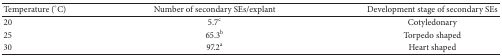
<table><thead><tr><td><b>Temperature (°C)</b></td><td><b>Number of secondary SEs/explant</b></td><td><b>Development stage of secondary SEs</b></td></tr></thead><tbody><tr><td>20</td><td>5.7<sup>c</sup></td><td>Cotyledonary</td></tr><tr><td>25</td><td>65.3<sup>b</sup></td><td>Torpedo shaped</td></tr><tr><td>30</td><td>97.2<sup>a</sup></td><td>Heart shaped</td></tr></tbody></table>